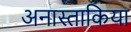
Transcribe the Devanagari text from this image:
अनास्ताकिया